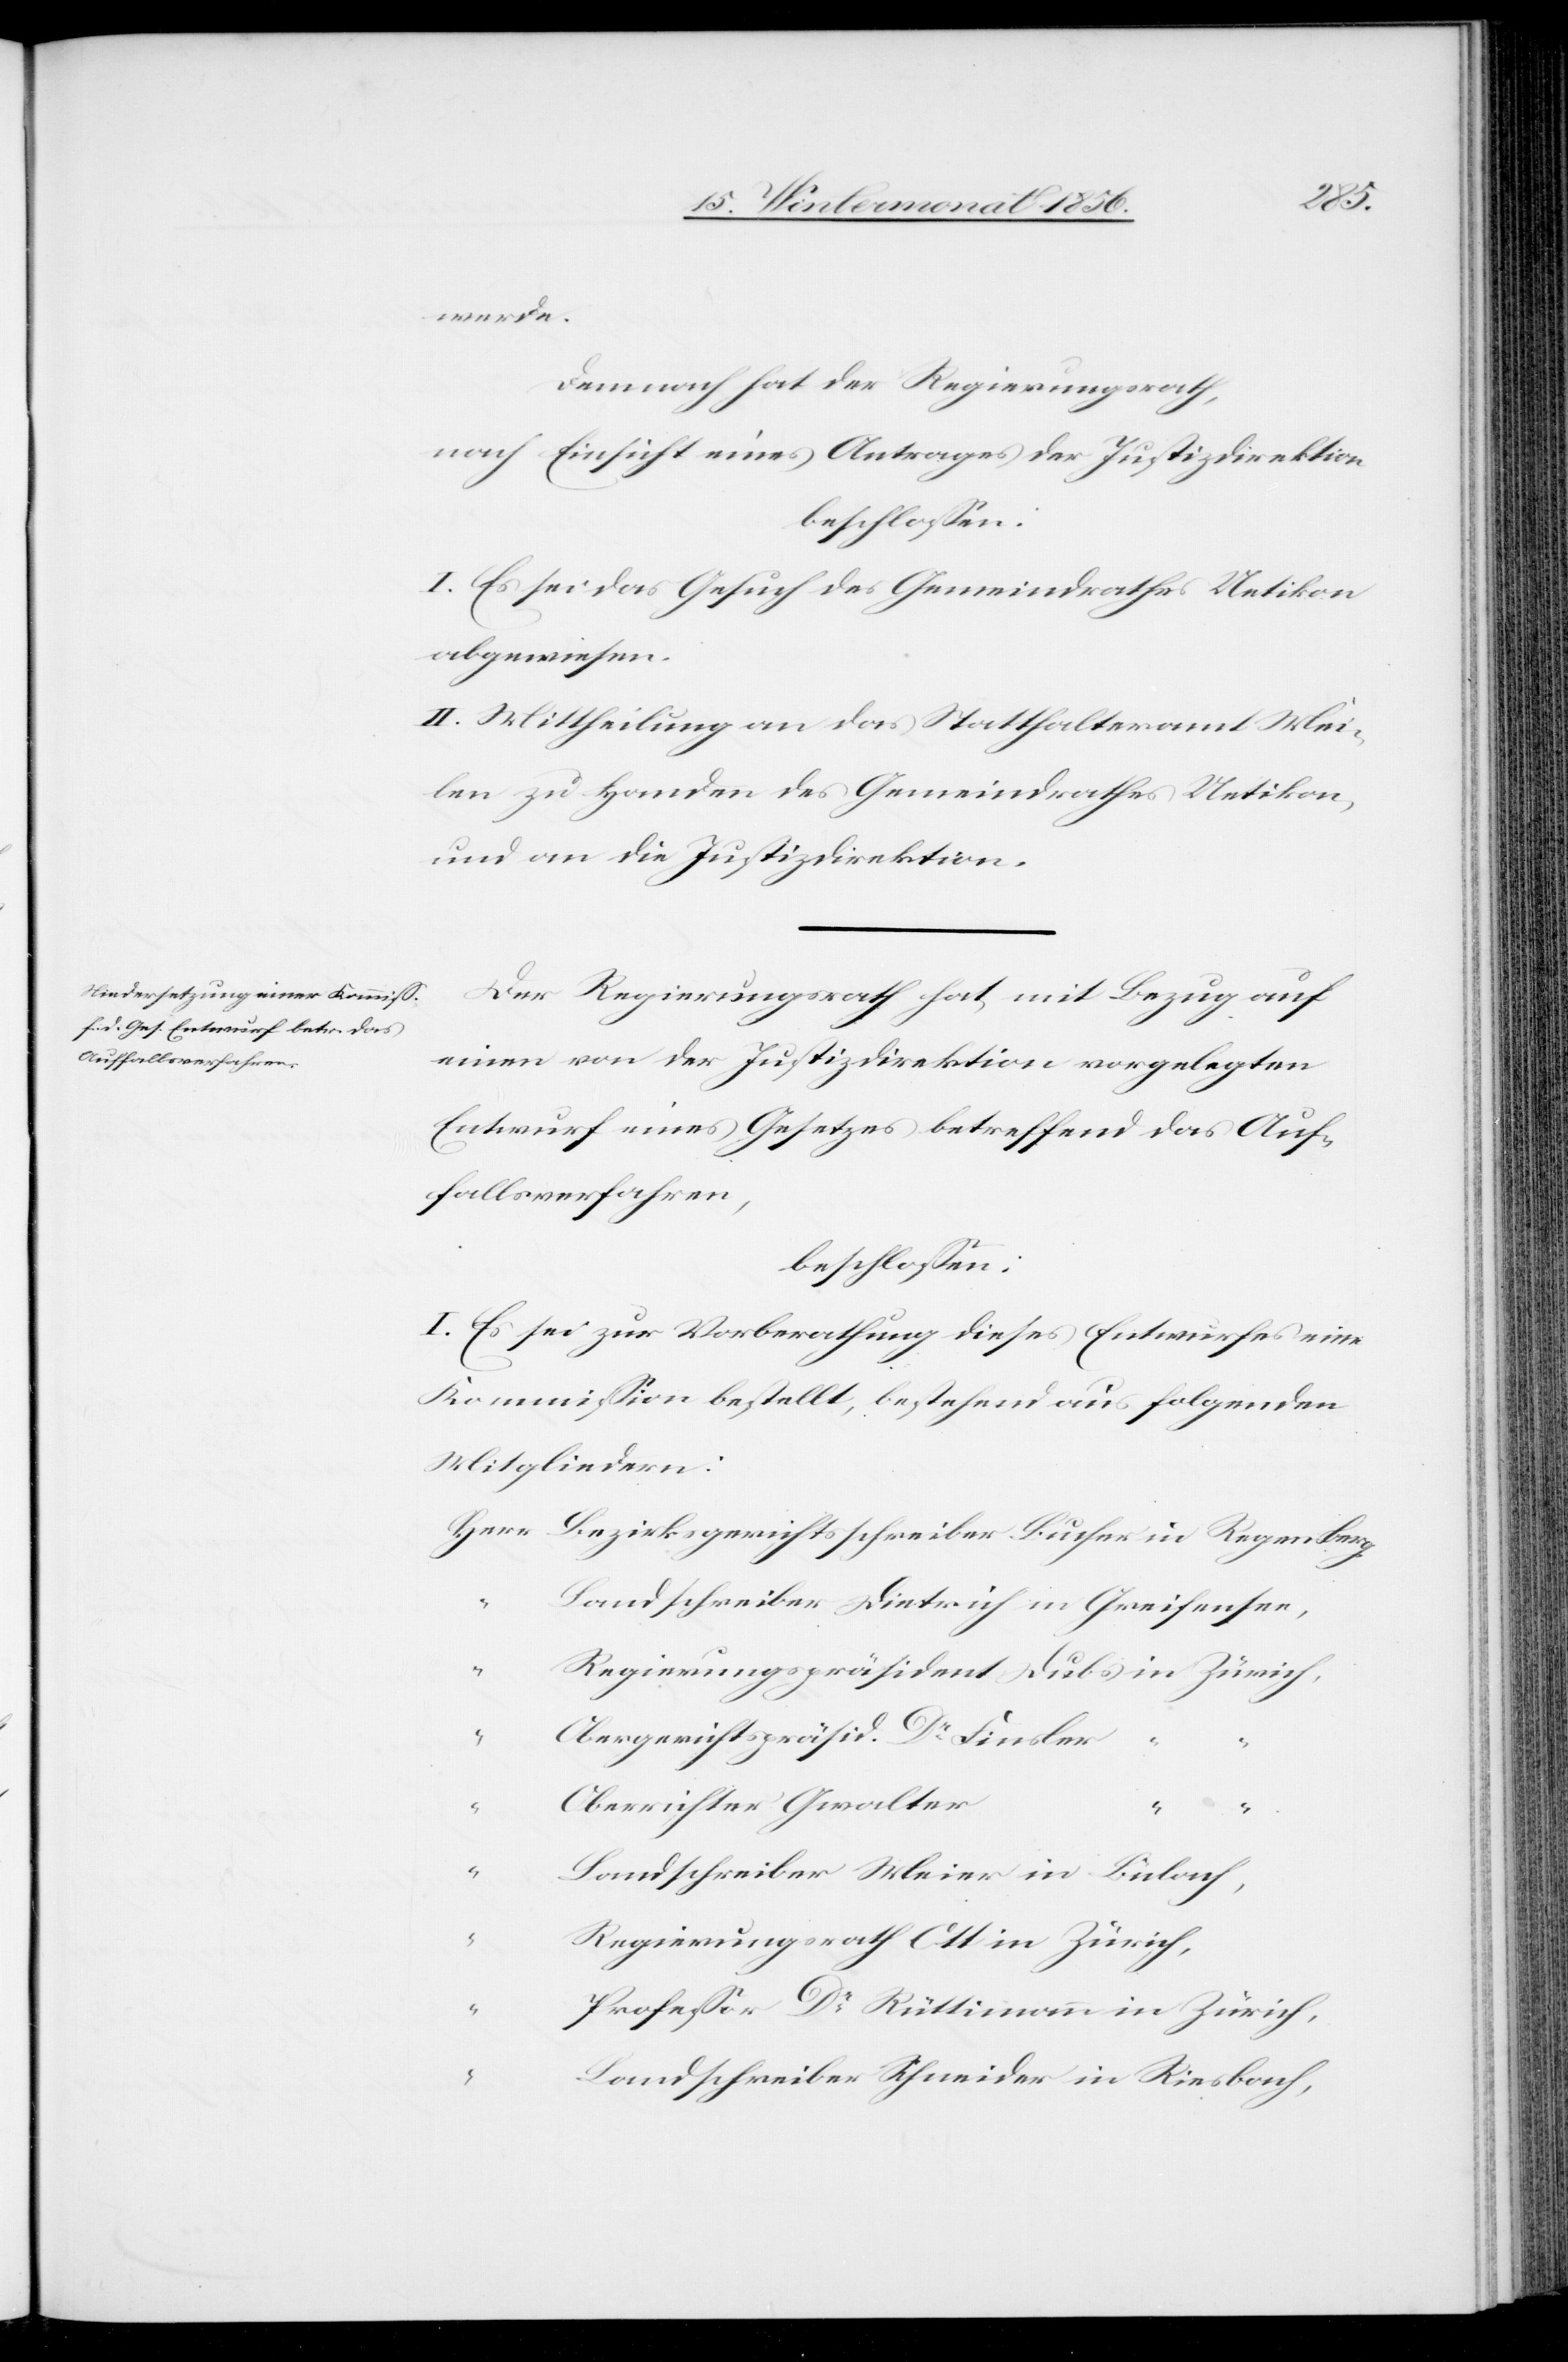
werde.
Demnach hat der Regierungsrath,
nach Einsicht eines Antrages der Justizdirektion
beschlossen:
I. Es sei das Gesuch des Gemeindrathes Uetikon
abgewiesen.
II. Mittheilung an das Statthalteramt Mei¬
len zu Handen des Gemeindrathes Uetikon,
und an die Justizdirektion.
Der Regierungsrath hat mit Bezug auf
einen von der Justizdirektion vorgelegten
Entwurf eines Gesetzes betreffend das Auf¬
fallsverfahren,
beschlossen:
I. Es sei zur Vorberathung dieses Entwurfes eine
Kommission bestellt, bestehend aus folgenden
Mitgliedern:
Herr	Bezirksgerichtsschreiber Bucher in Regensberg,
“	Landschreiber Dietrich in Greifensee,
“	Regierungspräsident Dubs	in Zürich,
“	Obergerichtspräsid. Dr Finsler
“	Oberrichter Gwalter
“	Landschreiber Meier in Bülach,
“	Regierungsrath Ott in Zürich,
“	Professor Dr Rüttimann in Zürich,
“	Landschreiber Schneider in Riesbach,